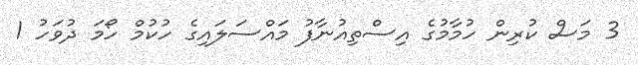
3 މަސް ކުރިން ހުމާމުގެ އިސްތިއުނާފު މައްސަލައިގެ ހުކުމް ހޯމަ ދުވަހު 1